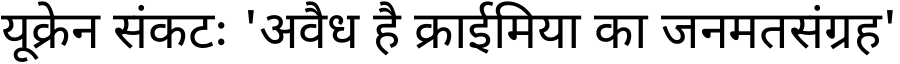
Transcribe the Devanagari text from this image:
यूक्रेन संकटः 'अवैध है क्राईमिया का जनमतसंग्रह'